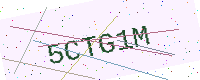
Text: 5CTG1M